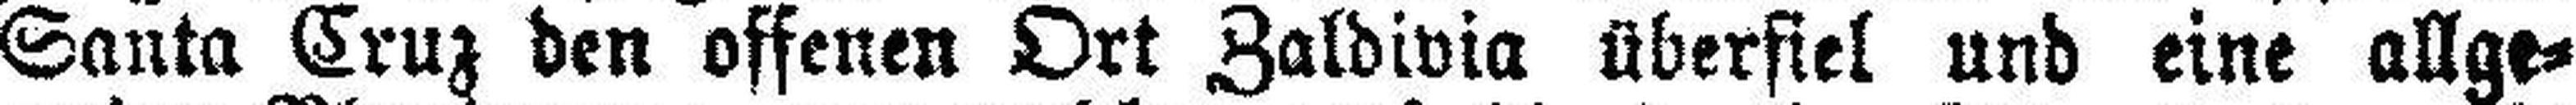
Santa Cruz den offenen Ort Zaldivia überfiel und eine allge¬